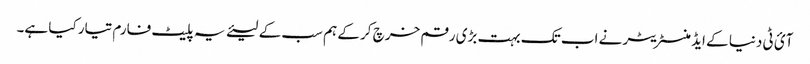
آئ ٹی دنیا کے ایڈمنسٹریٹر نے اب تک بہت بڑی رقم خرچ کر کے ہم سب کے لیئے یہ پلیٹ فارم تیار کیا ہے۔